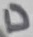
Text: D